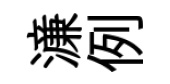
濓例